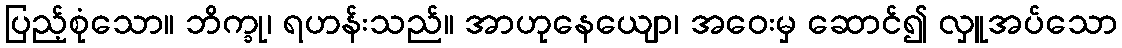
ပြည့်စုံသော။ ဘိက္ခု၊ ရဟန်းသည်။ အာဟုနေယျော၊ အဝေးမှ ဆောင်၍ လှူအပ်သော